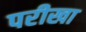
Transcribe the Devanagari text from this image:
परीखा